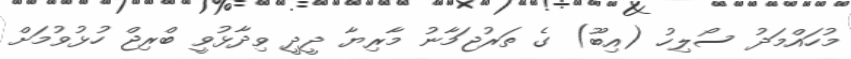
މުހައްމަދު ސޯލިހު (އިބޫ) ގެ ތަރުޖަމާނު މާރިޔާ ދީދީ ވިދާޅުވީ ބްރިޖް ހުޅުވުމަށް